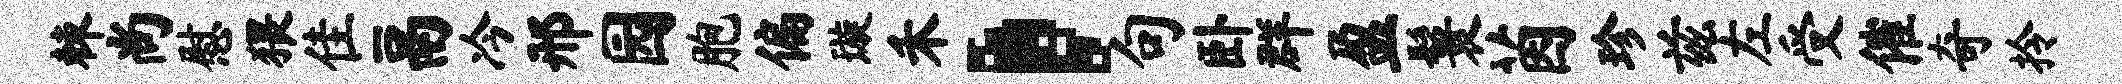
棘尚慰猥隹鬲冷邢园胞偏璇禾，句卧群盈鬟茵珍兹左受催奇拎